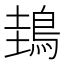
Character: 䳏